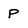
Character: p